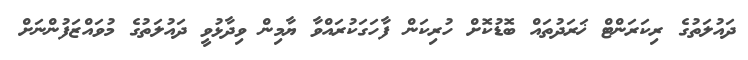
ދައުލަތުގެ ރިކަރަންޓް ޚަރަދުތައް ބޮޑުކޮށް ހުރިކަން ފާހަގަކުރައްވާ ޔާމިން ވިދާޅުވީ ދައުލަތުގެ މުވައްޒަފުންނަށް